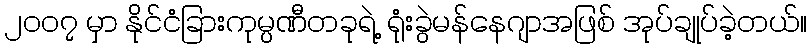
၂၀၀၇ မှာ နိုင်ငံခြားကုမ္ပဏီတခုရဲ့ ရုံးခွဲမန်နေဂျာအဖြစ် အုပ်ချုပ်ခဲ့တယ်။